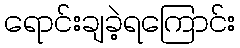
ရောင်းချခဲ့ရကြောင်း